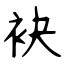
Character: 袂